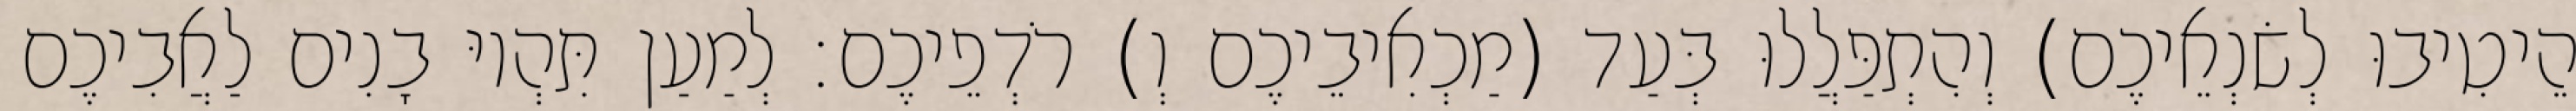
הֵיטִיבוּ לְשׂנְאֵיכֶם) וְהִתְפַּלֲלוּ בְּעַד (מַכְאִיבֵיכֶם וְ) רֹדְפֵיכֶם׃ לְמַעַן תִּהְיוּ בָנִים לַאֲבִיכֶם